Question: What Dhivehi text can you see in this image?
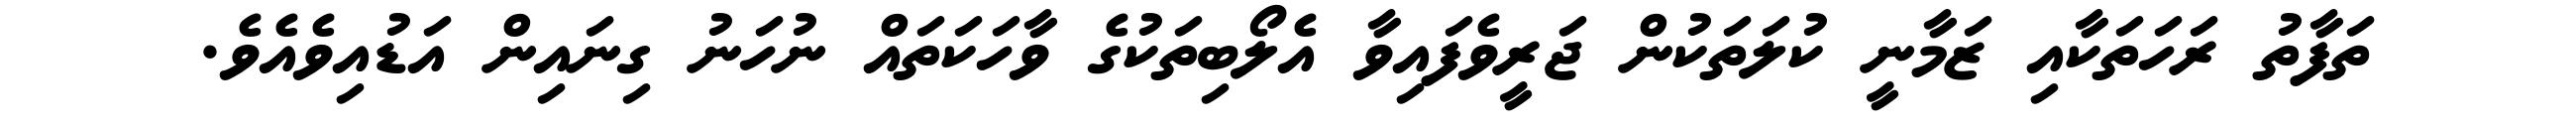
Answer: ތަފާތު ރަހަތަކާއި ޒަމާނީ ކުލަތަކުން ޖަރީވެފައިވާ އެލޯބިތަކުގެ ވާހަކަތައް ނުހަނު ގިނައިން އަޑުއިވެއެވެ.